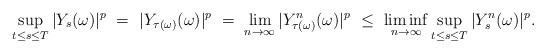
\begin{align*}\sup_{t \leq s \leq T}|Y_s(\omega)|^p \ = \ |Y_{\tau(\omega)}(\omega)|^p \ = \ \lim_{n\rightarrow\infty} |Y_{\tau(\omega)}^n(\omega)|^p \ \leq \ \liminf_{n\rightarrow\infty} \sup_{t\leq s\leq T}|Y_s^n(\omega)|^p.\end{align*}